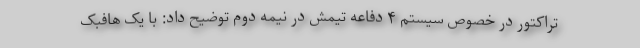
تراکتور در خصوص سیستم ۴ دفاعه تیمش در نیمه دوم توضیح داد: با یک هافبک